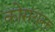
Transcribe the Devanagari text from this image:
कोसंयुक्त